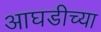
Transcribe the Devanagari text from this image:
आघडीच्या